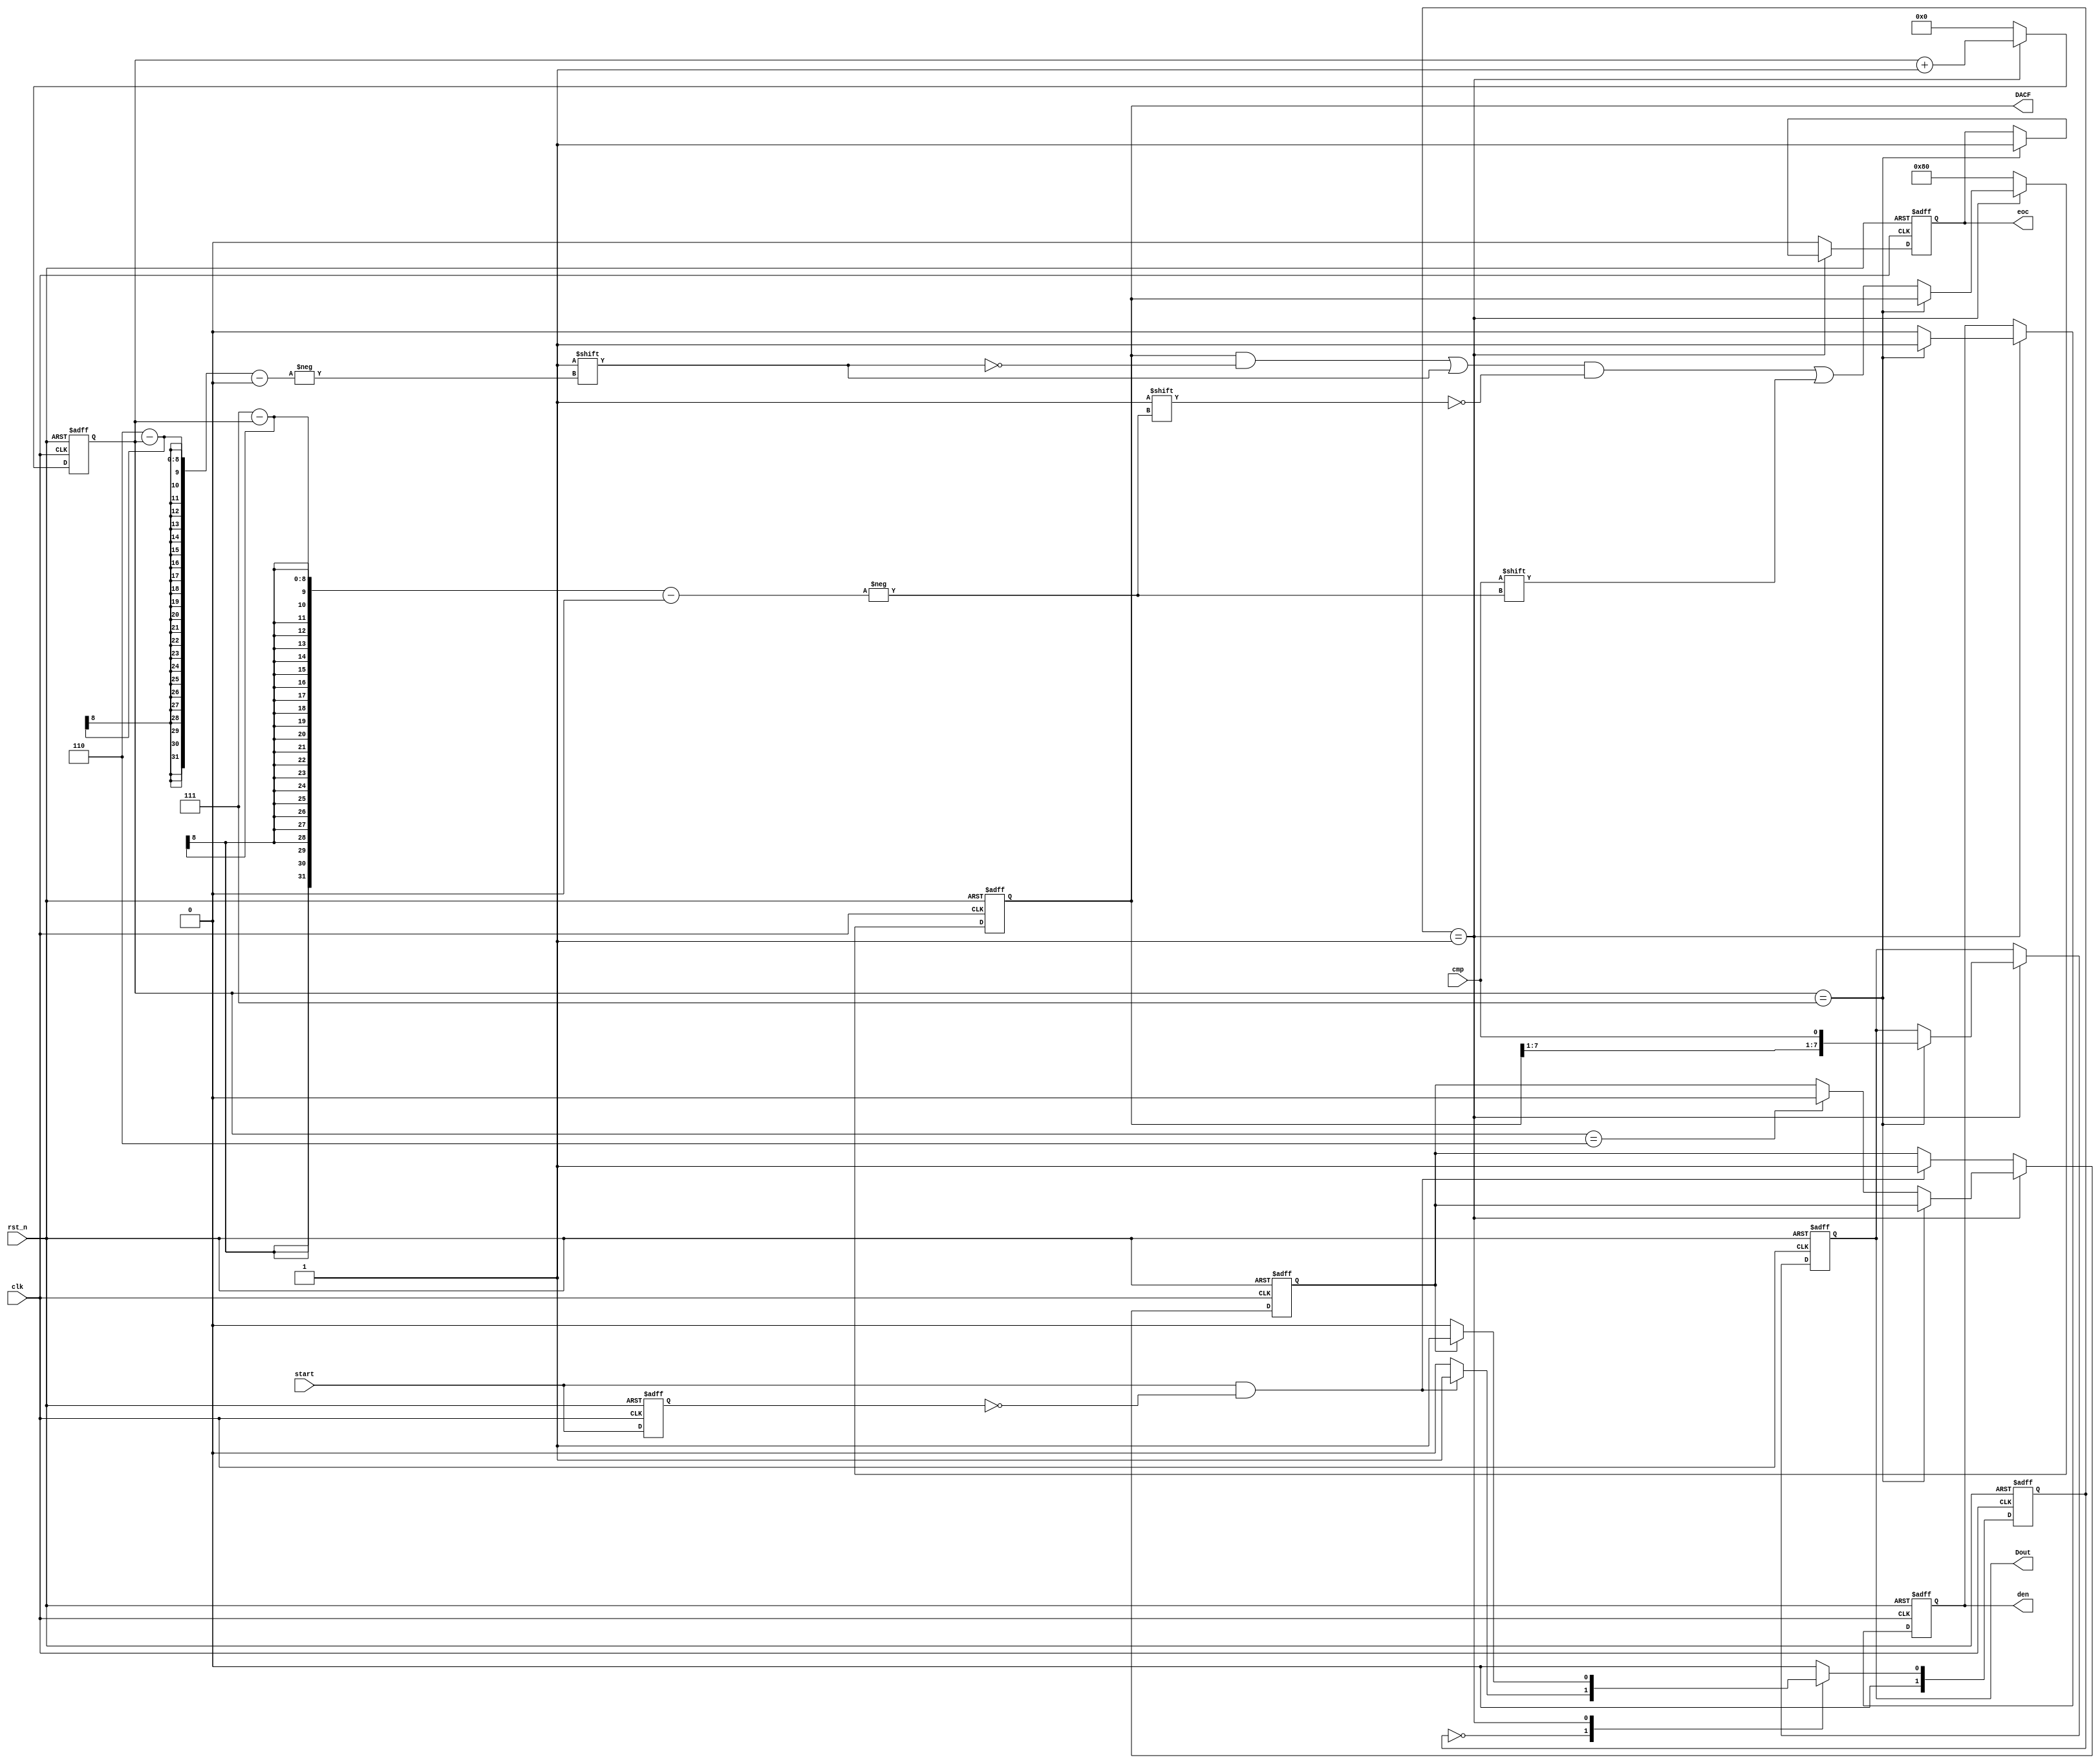
// -----------------------------------------------------------------------------
// SRC ADC 
// DACADC
// FPGA
// start= ADC
// -----------------------------------------------------------------------------
// Copyright (c) 2014-2021 All rights reserved
// -----------------------------------------------------------------------------
// Create : 2021-11-21 16:47:21
// Revise : 2021-11-21 16:47:21
// Editor : sublime text3, tab size (4)
// -----------------------------------------------------------------------------

module SAR_ADC #(
	parameter ADC_WIDTH = 8 //ADCbitDAC255
)(
	input clk,// 
	input rst_n,// 
	input cmp,// 
	input start,// 
	output reg [ADC_WIDTH-1:0]DACF,// DAC
	output reg eoc,// 
	output reg den,// 
	output reg [ADC_WIDTH-1:0]Dout// 
);
//*************************************************
// 
//*************************************************
//****reg***
reg start_r;//
reg ADCI_en;//
reg [7:0]adc_cnt;//
//***wire***
wire start_w;//

//*************************************************
// 
//*************************************************
always @(posedge clk or negedge rst_n) 
begin
	if(~rst_n)
		start_r <= 1'b0;
	else 
		start_r <= start;
end
assign start_w = start==1'b1 && start_r==1'b0;

//*************************************************
// 
//*************************************************
//******
reg [1:0]nst;//
reg [1:0]cst;//

parameter IDLE =2'd0;//
parameter ADCI =2'd1;//

//******
always @(posedge clk or negedge rst_n) 
begin
	if(~rst_n)
		cst <= IDLE;
	else
		cst <= nst;
end

//******
always @(*) begin
	case (cst)
		IDLE: 
			if(start_w)//
				nst = ADCI;
			else
				nst = IDLE;
		ADCI:
			if(ADCI_en)
				nst = ADCI;
			else
				nst = IDLE;
		default: nst = IDLE;
	endcase
end

//******
always @(posedge clk or negedge rst_n) begin
	if(~rst_n) 
	begin
		adc_cnt <= 0;
		eoc <= 1'b0;
		DACF <= 0;
		Dout <= 0;
		den <= 1'b0;
		ADCI_en <= 1'b0;
	end 
	else 
	begin
		case (cst)

			IDLE: 
				begin
					DACF <= {1'b1,{7{1'b0}}};
					eoc <= 1'b0;//
					adc_cnt <= 0;
					if(start_w)
						ADCI_en <= 1'b1;//
				end

			ADCI:
				begin
					den <= 1'b0;
					Dout <= Dout;
					adc_cnt <= adc_cnt+1;
					case (adc_cnt)
						ADC_WIDTH-1:
							begin//IDLE
								eoc <= 1'b1;//
								den <= 1'b1;//
								Dout <= {DACF[ADC_WIDTH-1:1],cmp};//
							end
					
						default: 
							begin
								DACF[ADC_WIDTH-2-adc_cnt] <= 1'b1;
								DACF[ADC_WIDTH-1-adc_cnt] <= cmp;
								if(adc_cnt==ADC_WIDTH-2)
									ADCI_en <= 1'b0;//
							end
					endcase
				end

			default: 
				begin
					DACF <= {1'b1,{7{1'b0}}};
					eoc <= 1'b0;//
					adc_cnt <= 0;
					if(start_w)
						ADCI_en <= 1'b1;//
				end
		endcase
	end
end

endmodule